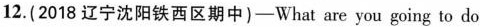
12.(2018 辽宁沈阳铁西区期中)——What are you going to do